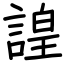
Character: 諻